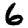
Digit: 6